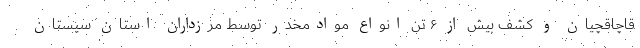
قاچاقچیان و کشف بیش از ۶ تن انواع موادمخدر توسط مرزداران استان سیستان